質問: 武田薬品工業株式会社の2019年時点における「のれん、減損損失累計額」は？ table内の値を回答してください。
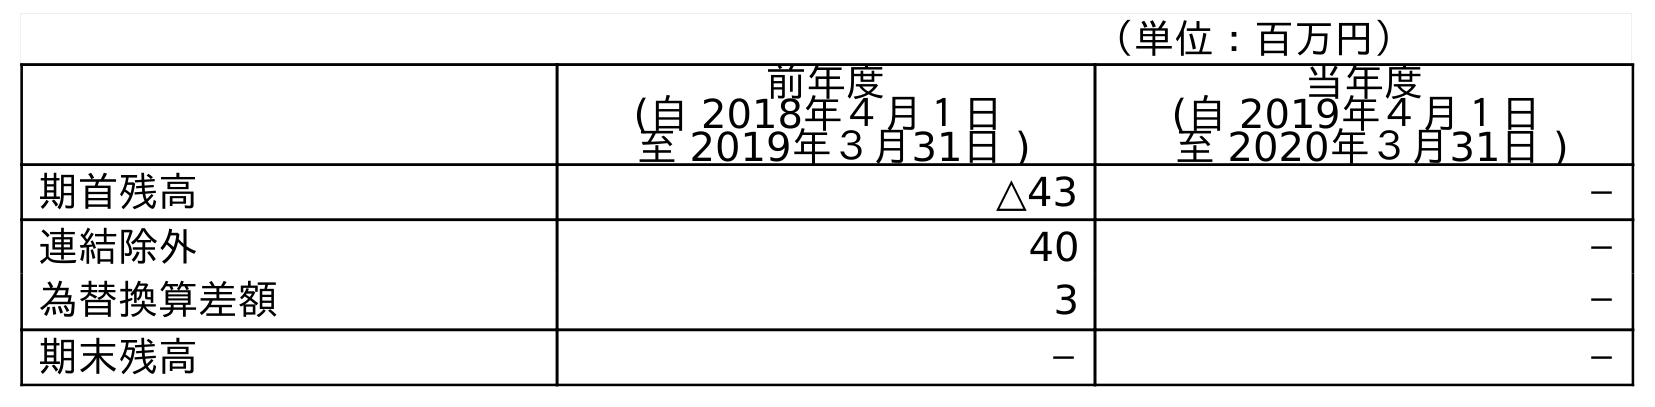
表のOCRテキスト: （単位：百万円） 前年度 (自 2018年４月１日 至 2019年３月31日 ) 当年度 (自 2019年４月１日 至 2020年３月31日 ) 期首残高 △43 － 連結除外 40 － 為替換算差額 3 － 期末残高 － －
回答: －